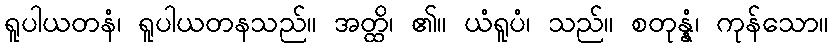
ရူပါယတနံ၊ ရူပါယတနသည်။ အတ္ထိ၊ ၏။ ယံရူပံ၊ သည်။ စတုန္နံ၊ ကုန်သော။